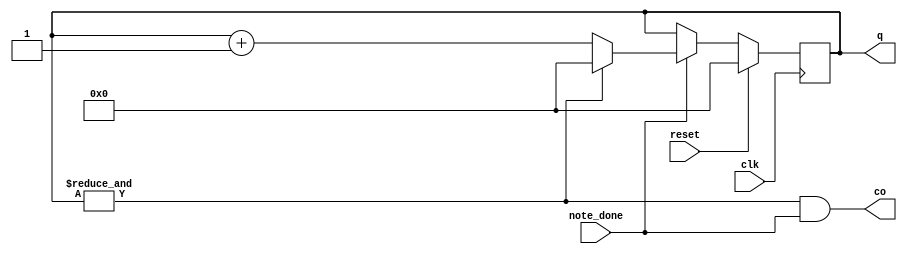
////////////////////////////////////////////////////////////////////////////////
// Company: zju
////////////////////////////////////////////////////////////////////////////////

module song_reader_address_counter(clk,reset,note_done,q,co);
	input clk,reset,note_done;
	output co;
	output reg[4:0] q;
	
	assign co = &q && note_done;		//
	
	always @(posedge clk) begin
		if(reset) q = 0;
		else if(note_done) begin
			if(&q) q = 0;				//0
			else q = q + 1;				//1
		end
	end
endmodule